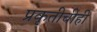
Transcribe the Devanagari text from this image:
प्रकृतीचीही